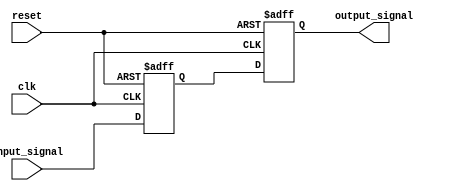
module Buffer_Delay (
    input wire clk,  // Clock signal
    input wire reset,  // Reset signal
    input wire input_signal,  // Input signal to be delayed
    output reg output_signal  // Delayed output signal
);

// Parameter for setting the delay length
parameter DELAY_LENGTH = 10;  // Adjust this value as needed

reg [DELAY_LENGTH-1:0] buffer[1:0];  // Buffer to store delayed input signal

always @(posedge clk or posedge reset) begin
    if (reset) begin
        // Reset buffer
        buffer[0] <= 1'b0;
        buffer[1] <= 1'b0;
    end else begin
        // Shift input signal through buffer
        buffer[0] <= buffer[1];
        buffer[1] <= input_signal;
    end
end

assign output_signal = buffer[0];

endmodule